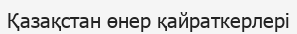
Қазақстан өнер қайраткерлері